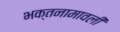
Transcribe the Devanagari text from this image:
भक्तनामावली